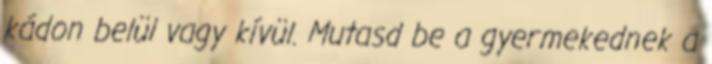
kádon belül vagy kívül. Mutasd be a gyermekednek a